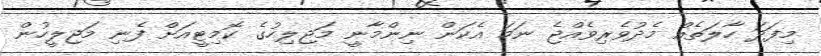
މިފަދަ ހާލަތެއް މެދުވެރިވެއްޖެ ނަމަ އެކަން ނިންމާނީ މަޖިލިހުގެ ކޮމިޓީއަށް ފެނި މަޖިލީހުން